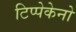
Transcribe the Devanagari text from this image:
टिप्पेकेनो